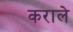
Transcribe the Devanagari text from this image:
कराले